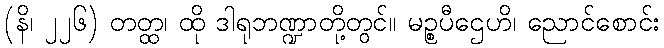
(နိ၊ ၂၂၆) တတ္ထ၊ ထို ဒါရုဘဏ္ဍာတို့တွင်။ မဉ္စပီဌေဟိ၊ ညောင်စောင်း